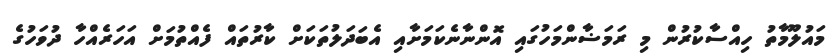
މައުލޫމާތު ހިއްސާކުރުން މި ރަމަޟާންމަހުގައި އޮންނާނެކަމަށާއި އެބަދަލުތަކަށް ކާރުތައް ފެއްތުމަށް އަހަރެއްހާ ދުވަހުގެ